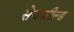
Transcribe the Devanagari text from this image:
सेजफ़ील्ड